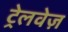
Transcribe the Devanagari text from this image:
ट्रेलवेज़